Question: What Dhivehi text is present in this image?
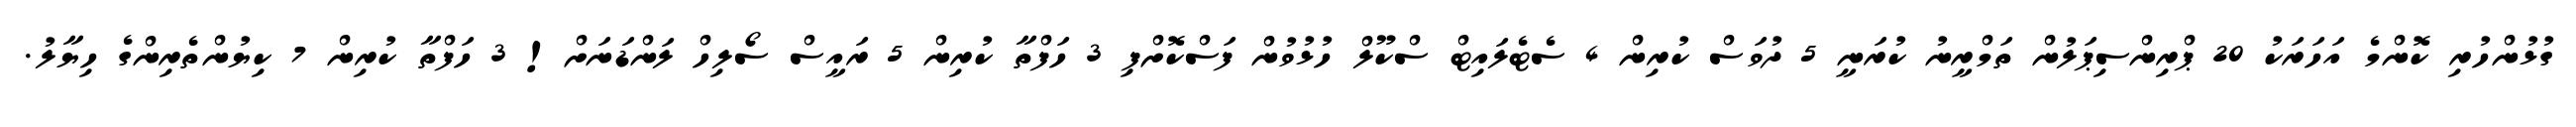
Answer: ގުޅުންހުރި ކޮންމެ އަހަރަކު 20 ޕްރިންސިޕަލުން ތަމްރީނު ކުރަނީ 5 ދުވަސް ކުރިން 4 ސެޓެލައިޓް ސްކޫލް ހުޅުވުން ފަސްކޮށްފި 3 ހަފްތާ ކުރިން 5 ރައީސް ސޯލިހް ލަންޑަނަށް! 3 ހަފްތާ ކުރިން 7 ކިޔުންތެރިންގެ ހިޔާލު.